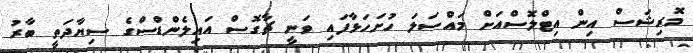
މޮރިޝަސް އިން އިޓްލޮސްއަށް މައްސަލަ ހުށަހަޅާފައި ވަނީ ޗާގޮސް އައިލެންޑްސްގެ ސިޔާދަތީ ބާރު